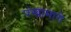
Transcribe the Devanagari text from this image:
पंखामागे